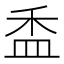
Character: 盉